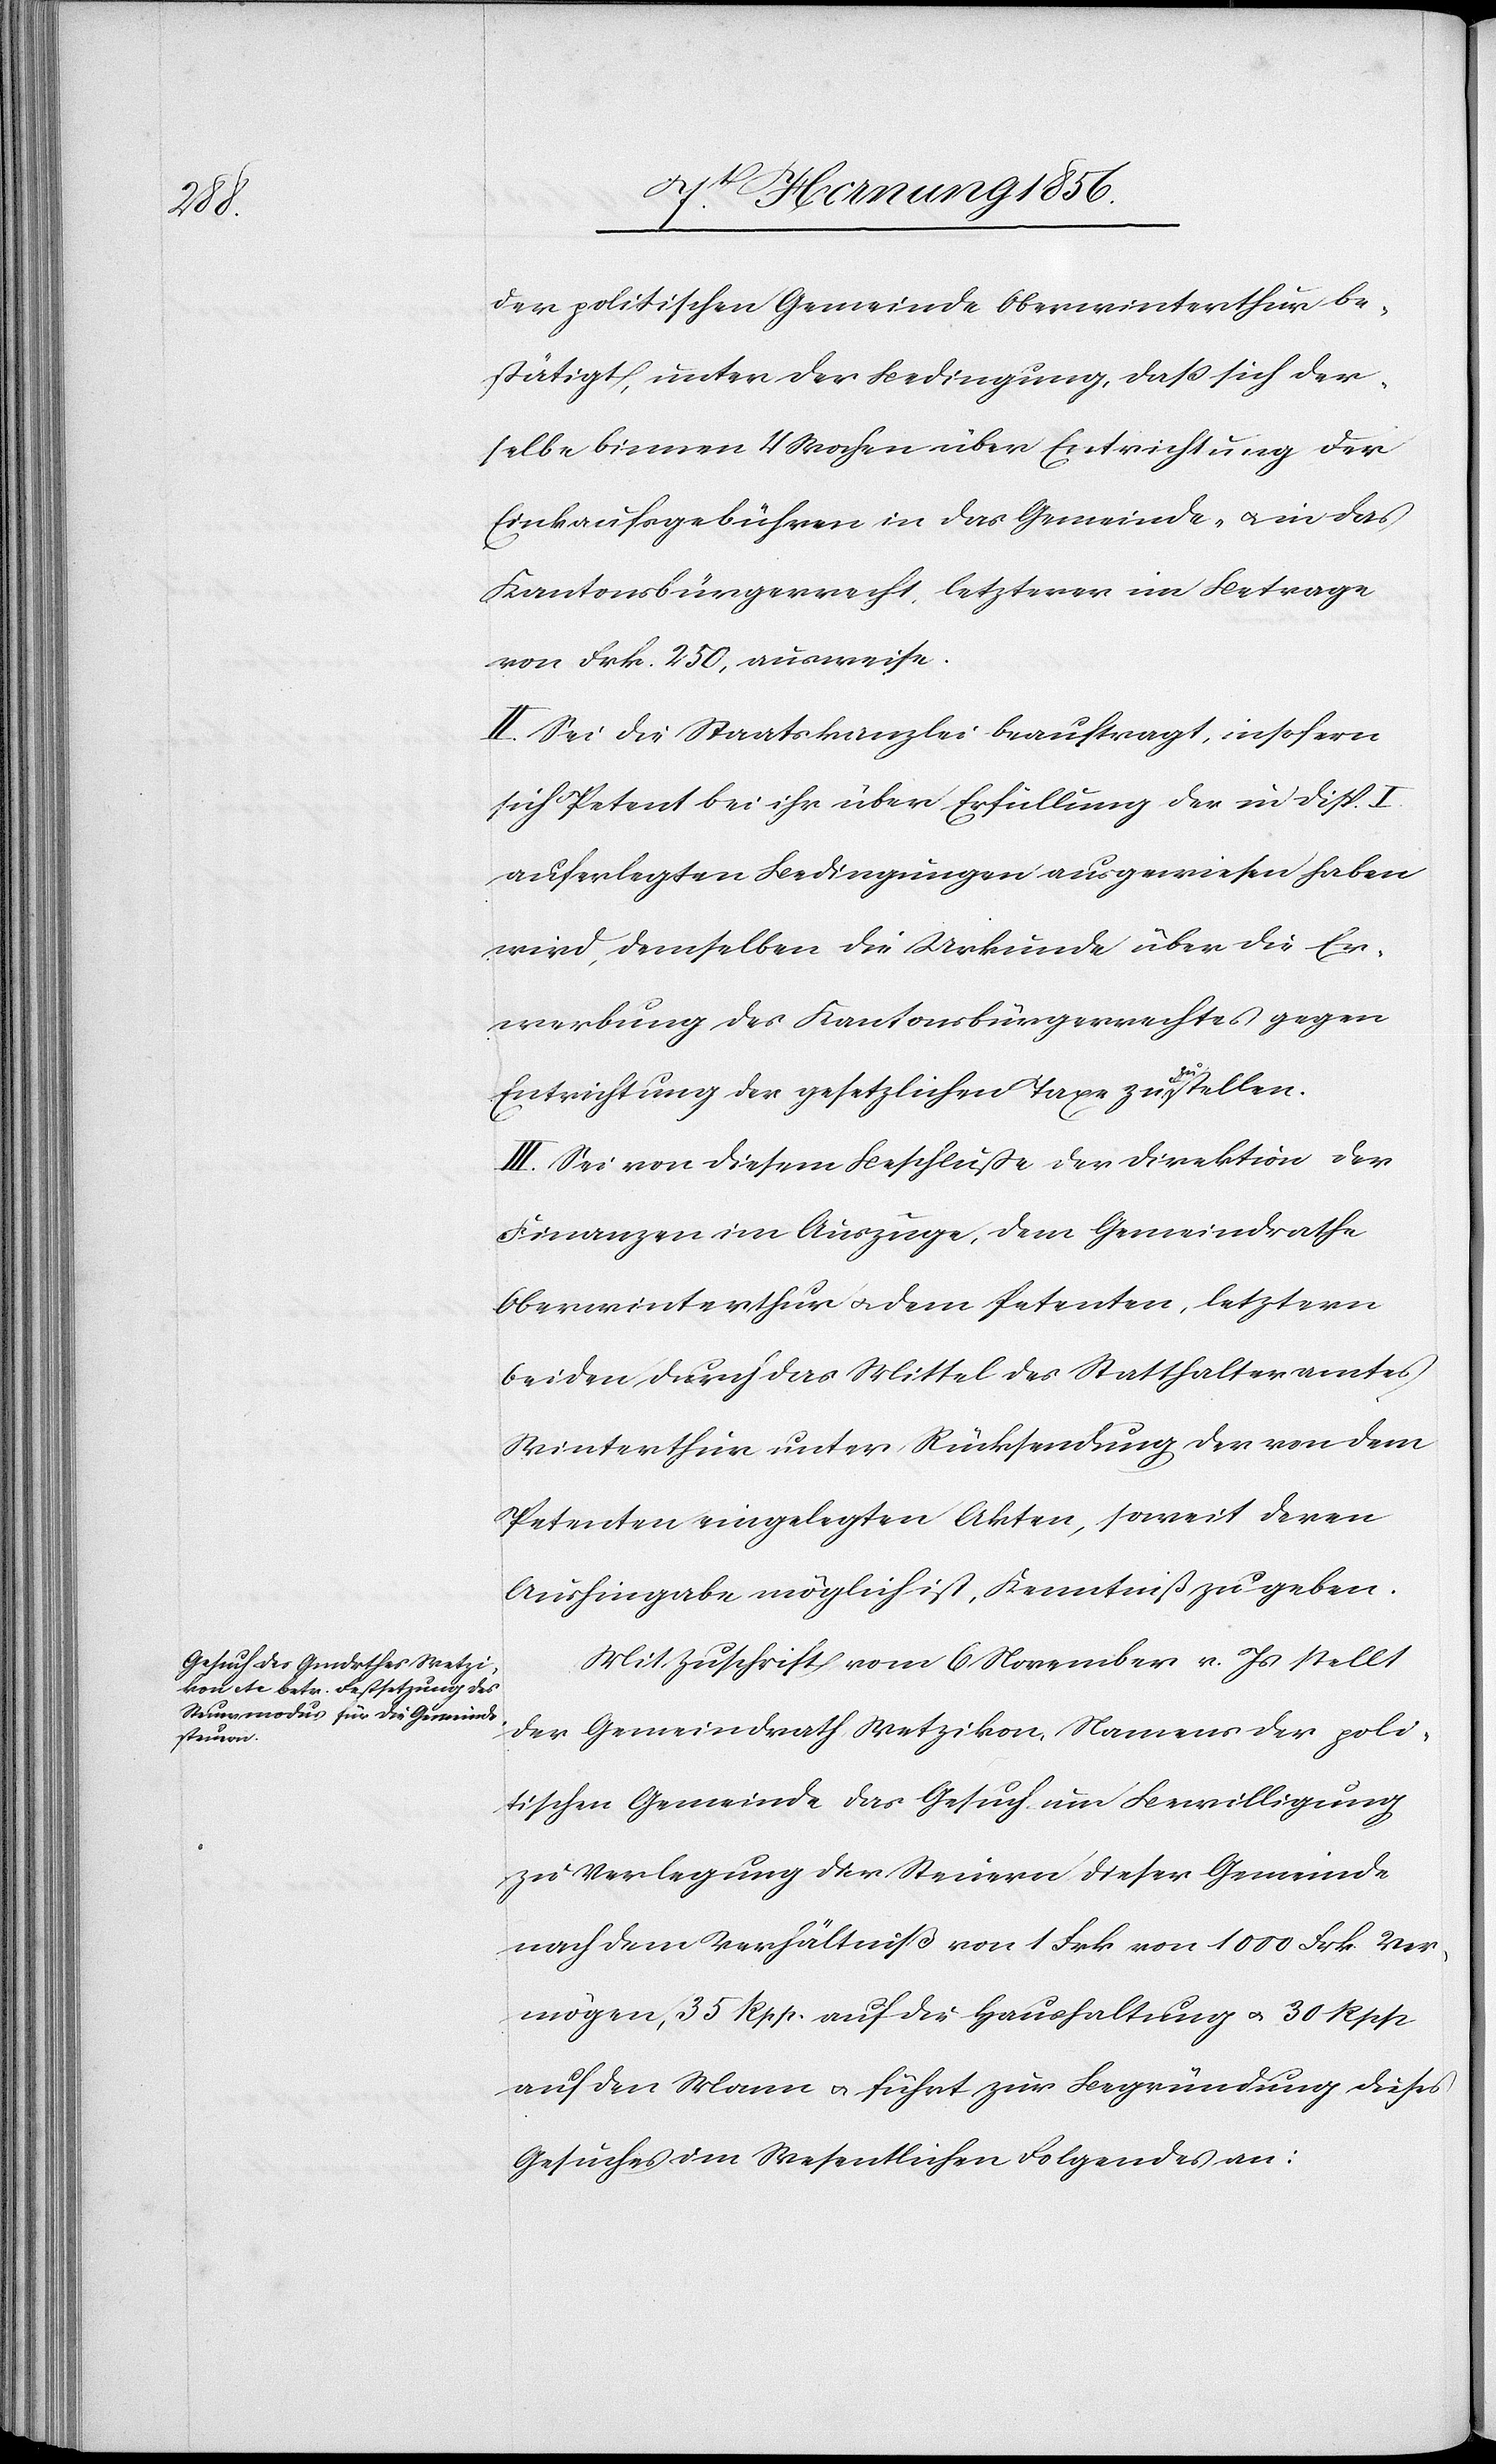
der politischen Gemeinde Oberwinterthur be¬
stätigt, unter der Bedingung, daß sich der¬
selbe binnen 4 Wochen über Entrichtung der
Einkaufsgebühren in das Gemeinde - u. in das
Kantonsbürgerrecht, letzterer im Betrage
von Frk. 250, ausweise.
II. Sei die Staatskanzlei beauftragt, insofern
sich Petent bei ihr über Erfüllung der in Disp. I.
auferlegten Bedingungen ausgewiesen haben
wird, demselben die Urkunde über die Er¬
werbung des Kantonsbürgerrechtes gegen
Entrichtung der gesetzlichen Taxe zu a-zu-a stellen.
III. Sei von diesem Beschluße der Direktion der
Finanzen im Auszuge, dem Gemeindrathe
Oberwinterthur u. dem Petenten, letztern
beiden durch das Mittel des Statthalteramtes
Winterthur unter Rücksendung der von dem
Petenten eingelegten Akten, soweit deren
Aushingabe möglich ist, Kenntniß zu geben.
Mit Zuschrift vom 6 November v. Js stellt
der Gemeindrath Wetzikon, Namens der poli¬
tischen Gemeinde das Gesuch um Bewilligung
zu Verlegung der Steuern dieser Gemeinde
nach dem Verhältniß von 1 Frk von 1000 Frk Ver¬
mögen, 35 Rpp. auf die Haushaltung u. 30 Rpp
auf den Mann u. führt zur Begründung dieses
Gesuches im Wesentlichen Folgendes an: